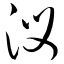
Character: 汊